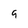
Character: 9